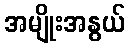
အမျိုးအနွယ်